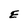
Character: E